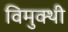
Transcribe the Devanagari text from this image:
विमुक्थी